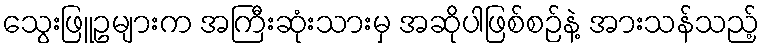
သွေးဖြူဥများက အကြီးဆုံးသားမှ အဆိုပါဖြစ်စဉ်နဲ့ အားသန်သည့်